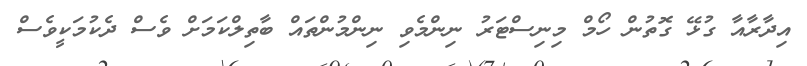
އިދާރާއާ ގުޅޭ ގޮތުން ހޯމް މިނިސްޓަރު ނިންމެވި ނިންމުންތައް ބާތިލްކަމަށް ވެސް ދެކުމަކީވެސް